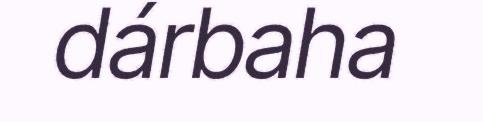
dárbaha